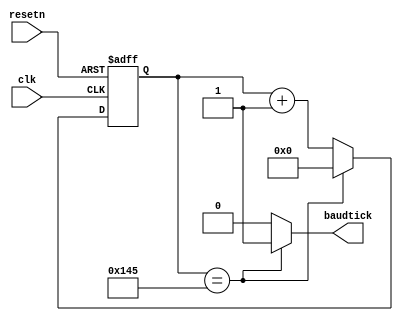
//////////////////////////////////////////////////////////////////////////////////
//END USER LICENCE AGREEMENT                                                    //
//                                                                              //
//Copyright (c) 2012, ARM All rights reserved.                                  //
//                                                                              //
//THIS END USER LICENCE AGREEMENT ("LICENCE") IS A LEGAL AGREEMENT BETWEEN      //
//YOU AND ARM LIMITED ("ARM") FOR THE USE OF THE SOFTWARE EXAMPLE ACCOMPANYING  //
//THIS LICENCE. ARM IS ONLY WILLING TO LICENSE THE SOFTWARE EXAMPLE TO YOU ON   //
//CONDITION THAT YOU ACCEPT ALL OF THE TERMS IN THIS LICENCE. BY INSTALLING OR  //
//OTHERWISE USING OR COPYING THE SOFTWARE EXAMPLE YOU INDICATE THAT YOU AGREE   //
//TO BE BOUND BY ALL OF THE TERMS OF THIS LICENCE. IF YOU DO NOT AGREE TO THE   //
//TERMS OF THIS LICENCE, ARM IS UNWILLING TO LICENSE THE SOFTWARE EXAMPLE TO    //
//YOU AND YOU MAY NOT INSTALL, USE OR COPY THE SOFTWARE EXAMPLE.                //
//                                                                              //
//ARM hereby grants to you, subject to the terms and conditions of this Licence,//
//a non-exclusive, worldwide, non-transferable, copyright licence only to       //
//redistribute and use in source and binary forms, with or without modification,//
//for academic purposes provided the following conditions are met:              //
//a) Redistributions of source code must retain the above copyright notice, this//
//list of conditions and the following disclaimer.                              //
//b) Redistributions in binary form must reproduce the above copyright notice,  //
//this list of conditions and the following disclaimer in the documentation     //
//and/or other materials provided with the distribution.                        //
//                                                                              //
//THIS SOFTWARE EXAMPLE IS PROVIDED BY THE COPYRIGHT HOLDER "AS IS" AND ARM     //
//EXPRESSLY DISCLAIMS ANY AND ALL WARRANTIES, EXPRESS OR IMPLIED, INCLUDING     //
//WITHOUT LIMITATION WARRANTIES OF MERCHANTABILITY AND FITNESS FOR A PARTICULAR //
//PURPOSE, WITH RESPECT TO THIS SOFTWARE EXAMPLE. IN NO EVENT SHALL ARM BE LIABLE/
//FOR ANY DIRECT, INDIRECT, INCIDENTAL, PUNITIVE, OR CONSEQUENTIAL DAMAGES OF ANY/
//KIND WHATSOEVER WITH RESPECT TO THE SOFTWARE EXAMPLE. ARM SHALL NOT BE LIABLE //
//FOR ANY CLAIMS, DAMAGES OR OTHER LIABILITY, WHETHER IN AN ACTION OF CONTRACT, //
//TORT OR OTHERWISE, ARISING FROM, OUT OF OR IN CONNECTION WITH THE SOFTWARE    //
//EXAMPLE OR THE USE OR OTHER DEALINGS IN THE SOFTWARE EXAMPLE. FOR THE AVOIDANCE/
// OF DOUBT, NO PATENT LICENSES ARE BEING LICENSED UNDER THIS LICENSE AGREEMENT.//
//////////////////////////////////////////////////////////////////////////////////

module BAUDGEN
(
  input wire clk,
  input wire resetn,
  output wire baudtick
);


reg [21:0] count_reg;
wire [21:0] count_next;

//Counter
always @ (posedge clk, negedge resetn)
  begin
    if(!resetn)
      count_reg <= 0;
    else
      count_reg <= count_next;
end


//Baudrate  = 9600 = 50Mhz/(325*16)
assign count_next = ((count_reg == 325) ? 0 : count_reg + 1'b1);

assign baudtick = ((count_reg == 325) ? 1'b1 : 1'b0);

endmodule